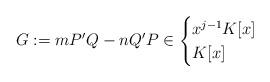
LaTeX: \begin{align*}G := mP'Q-nQ'P\in \begin{cases} x^{j-1}K[x] &\\ K[x] &\end{cases}\end{align*}